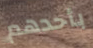
بأحدهم